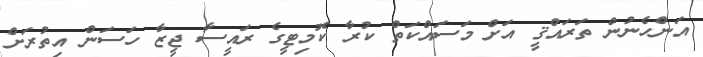
އަންހެނުން ތަރައްޤީ އަށް މަސައްކަތް ކުރާ ކޮމިޓީގެ ރައީސާ ޖީޒާ ހަސަން އިތުރަށް